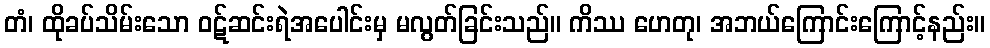
တံ၊ ထိုခပ်သိမ်းသော ဝဋ်ဆင်းရဲအပေါင်းမှ မလွတ်ခြင်းသည်။ ကိဿ ဟေတု၊ အဘယ်ကြောင်းကြောင့်နည်း။